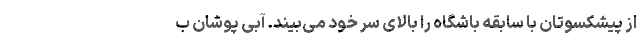
از پیشکسوتان با سابقه باشگاه را بالای سر خود می‌بیند. آبی پوشان ب